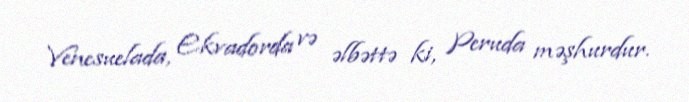
Venesuelada, Ekvadorda və əlbəttə ki, Peruda məşhurdur.